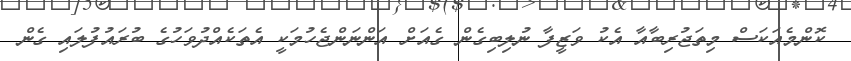
ކޮންމެއަކަސް މިތަޖުރިބާއާ އެކު ވަޒީފާ ނުލިބިގެން ގެއަށް އަންނަންޖެހުމަކީ އެތަކެއްދުވަހުގެ ބުރައުފުލައި ގެން